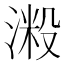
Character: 𣺲